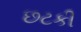
છટકી